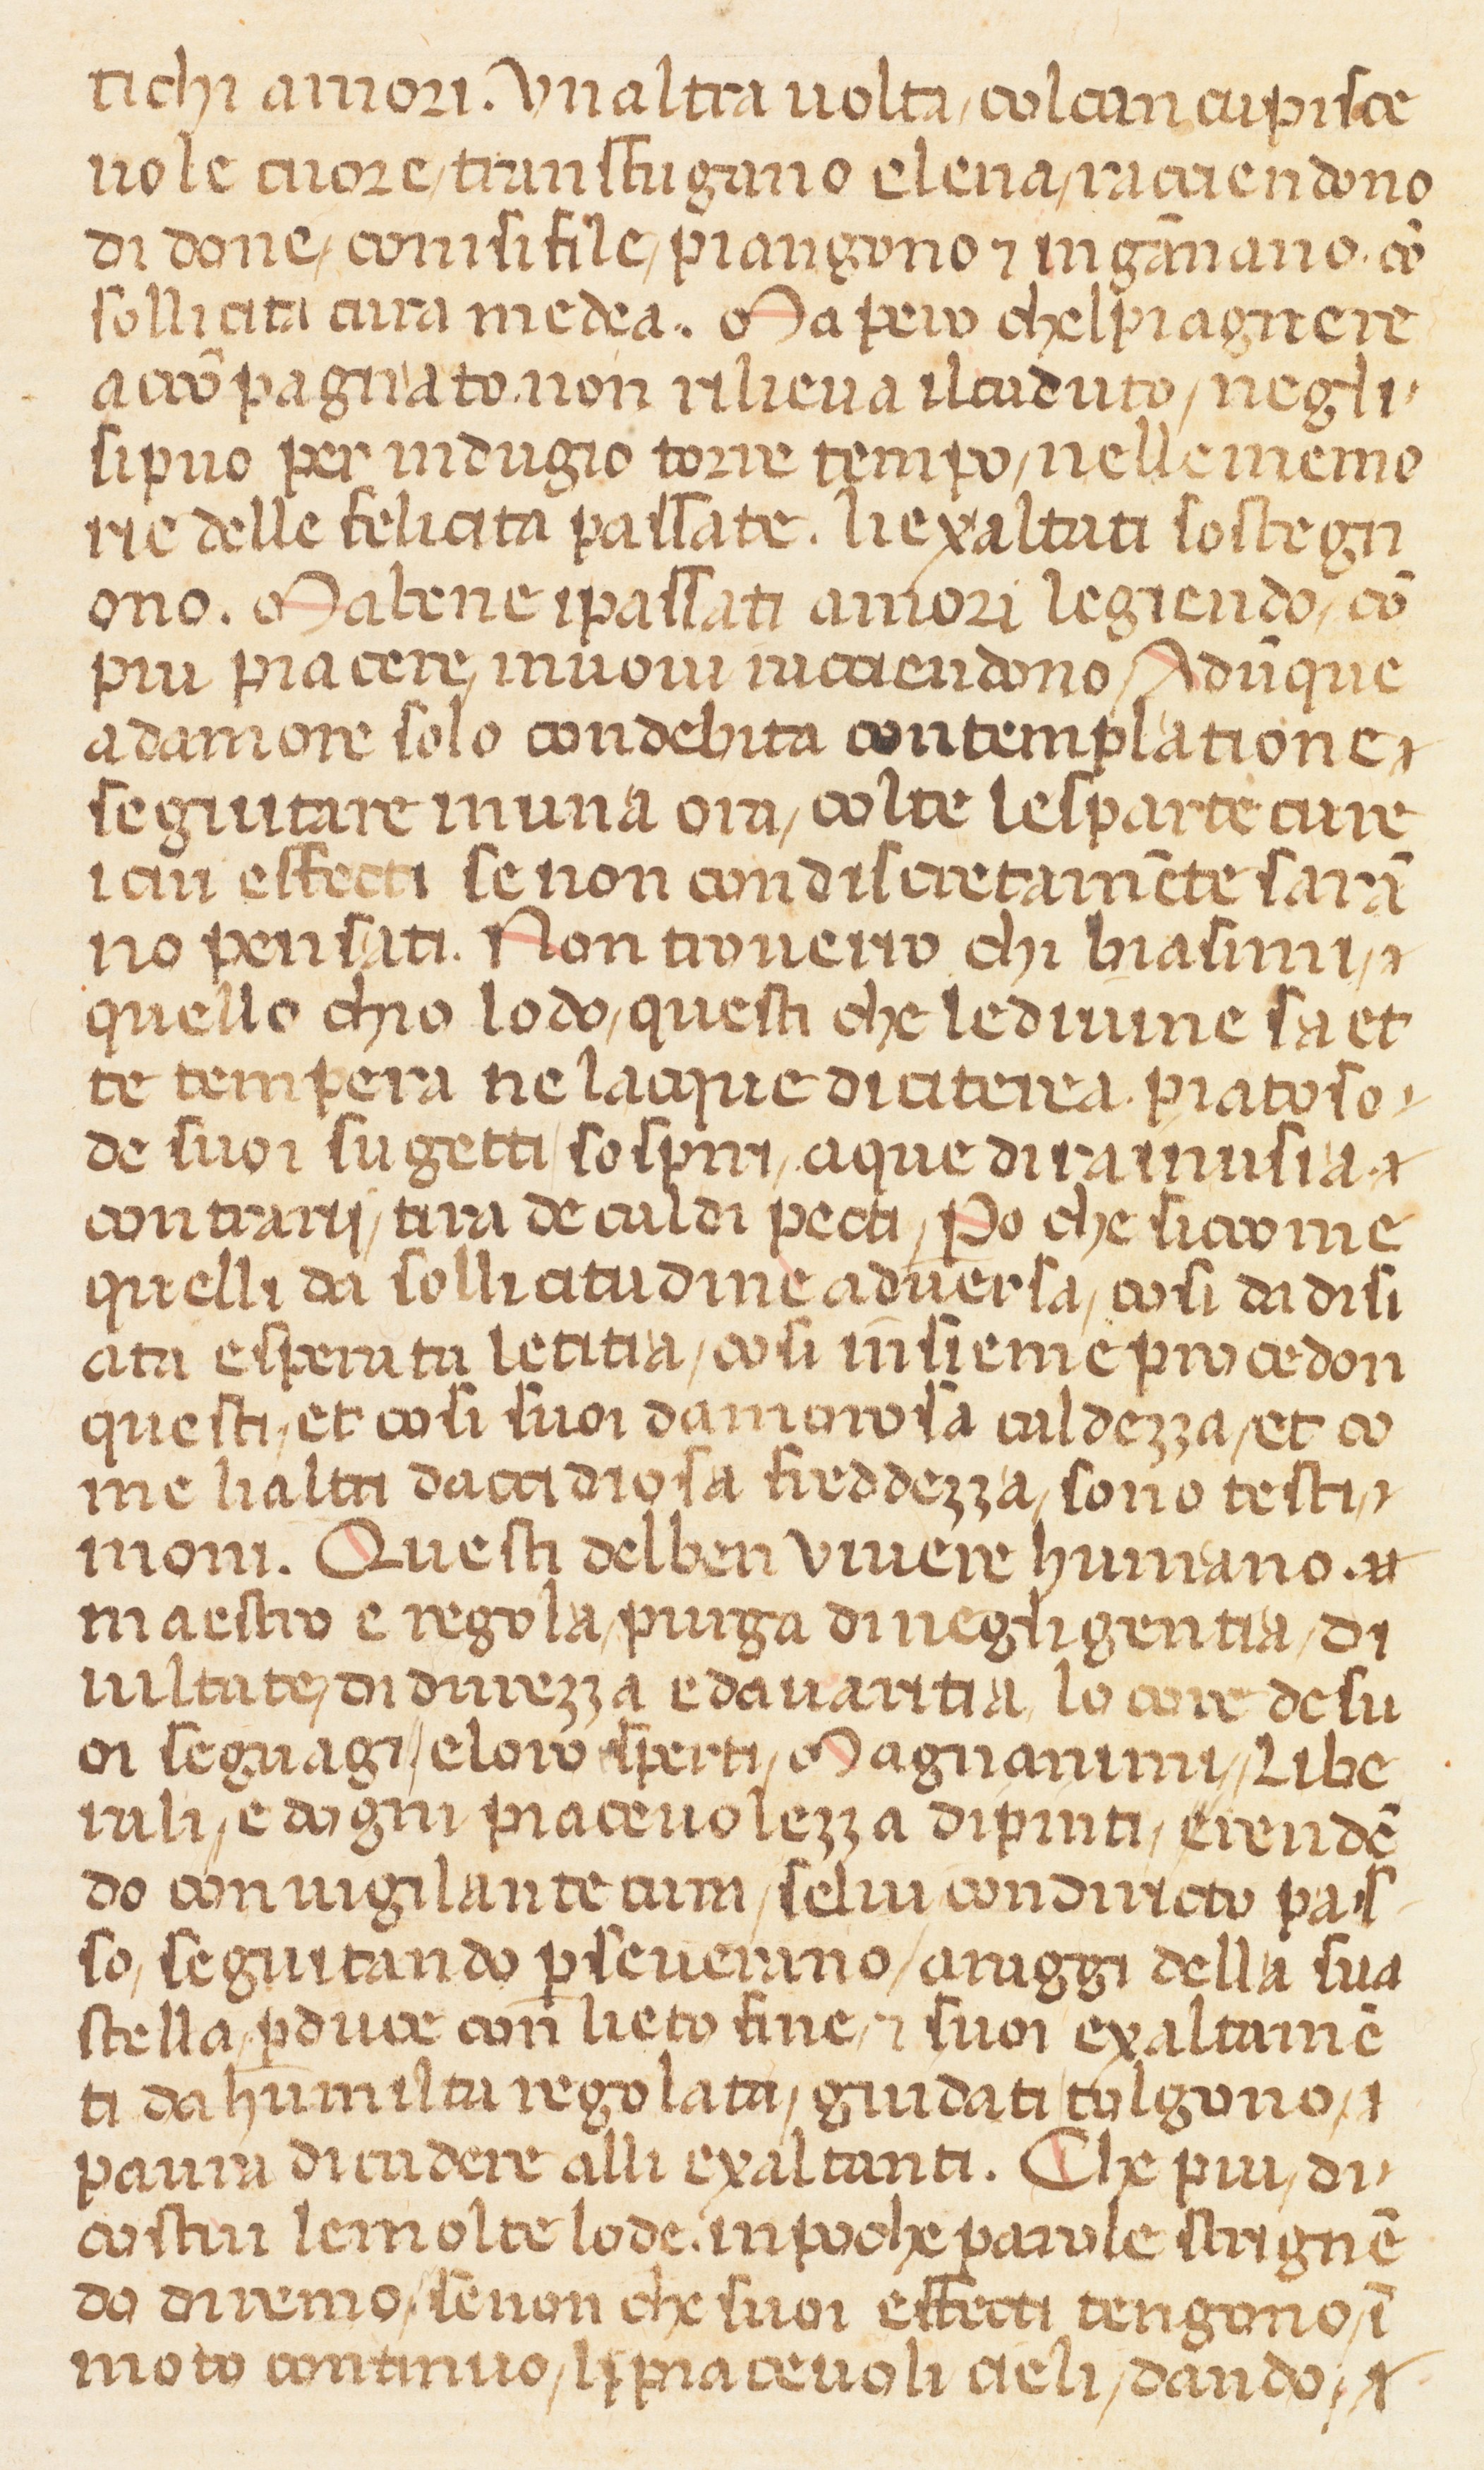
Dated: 1360–1370